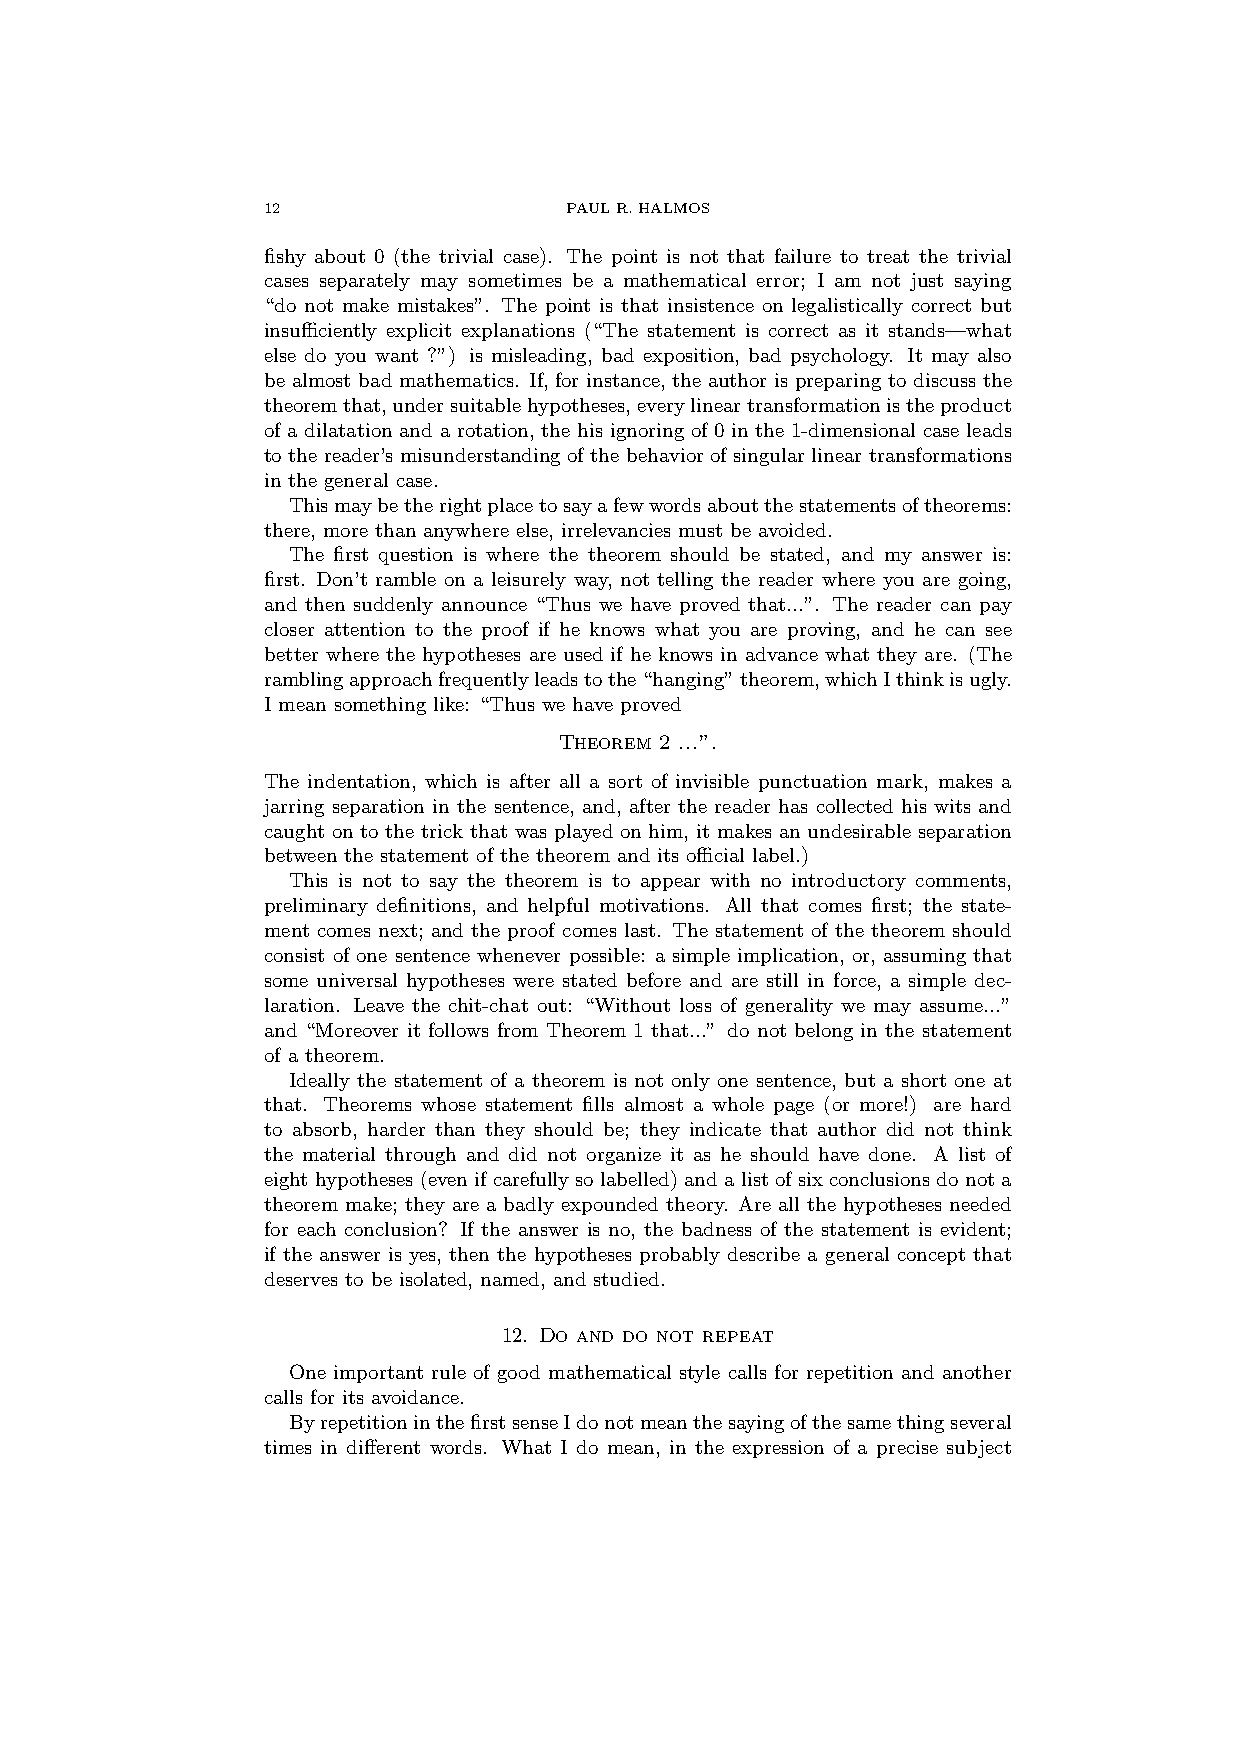
12                  PAULR.HALMOS
 fishy about 0 (the trivial case). The point is not that failure to treat the trivial
 cases separately may sometimes be a mathematical error; I am not just saying
 “do not make mistakes”. The point is that insistence on legalistically correct but
 insufficiently explicit explanations (“The statement is correct as it stands—what
 else do you want ?”) is misleading, bad exposition, bad psychology. It may also
 be almost bad mathematics. If, for instance, the author is preparing to discuss the
 theoremthat,undersuitablehypotheses,everylineartransformationistheproduct
 of a dilatation and a rotation, the his ignoring of 0 in the 1-dimensional case leads
 to the reader’s misunderstanding of the behavior of singular linear transformations
 in the general case.
 Thismaybetherightplacetosayafewwordsaboutthestatementsoftheorems:
 there, more than anywhere else, irrelevancies must be avoided.
 The first question is where the theorem should be stated, and my answer is:
 first. Don’t ramble on a leisurely way, not telling the reader where you are going,
 and then suddenly announce “Thus we have proved that...”. The reader can pay
 closer attention to the proof if he knows what you are proving, and he can see
 better where the hypotheses are used if he knows in advance what they are. (The
 ramblingapproachfrequentlyleadstothe“hanging”theorem,whichIthinkisugly.
 I mean something like: “Thus we have proved
 Theorem 2 ...”.
 The indentation, which is after all a sort of invisible punctuation mark, makes a
 jarring separation in the sentence, and, after the reader has collected his wits and
 caught on to the trick that was played on him, it makes an undesirable separation
 between the statement of the theorem and its official label.)
 This is not to say the theorem is to appear with no introductory comments,
 preliminary definitions, and helpful motivations. All that comes first; the state-
 ment comes next; and the proof comes last. The statement of the theorem should
 consist of one sentence whenever possible: a simple implication, or, assuming that
 some universal hypotheses were stated before and are still in force, a simple dec-
 laration. Leave the chit-chat out: “Without loss of generality we may assume...”
 and “Moreover it follows from Theorem 1 that...” do not belong in the statement
 of a theorem.
 Ideally the statement of a theorem is not only one sentence, but a short one at
 that. Theorems whose statement fills almost a whole page (or more!) are hard
 to absorb, harder than they should be; they indicate that author did not think
 the material through and did not organize it as he should have done. A list of
 eighthypotheses(evenifcarefullysolabelled)andalistofsixconclusionsdonota
 theorem make; they are a badly expounded theory. Are all the hypotheses needed
 for each conclusion? If the answer is no, the badness of the statement is evident;
 if the answer is yes, then the hypotheses probably describe a general concept that
 deserves to be isolated, named, and studied.
 12. Do and do not repeat
 One important rule of good mathematical style calls for repetition and another
 calls for its avoidance.
 ByrepetitioninthefirstsenseIdonotmeanthesayingofthesamethingseveral
 times in different words. What I do mean, in the expression of a precise subject